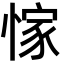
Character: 𢜿